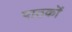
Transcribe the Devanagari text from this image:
पाठकॊं